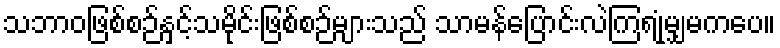
သဘာဝဖြစ်စဉ်နှင့်သမိုင်းဖြစ်စဉ်များသည် သာမန်ပြောင်းလဲကြရုံမျှမကပေ။